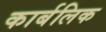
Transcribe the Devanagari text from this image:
कार्बलिक